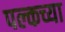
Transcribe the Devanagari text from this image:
पल्कच्या